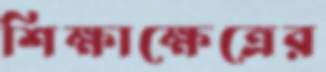
শিক্ষাক্ষেত্রের